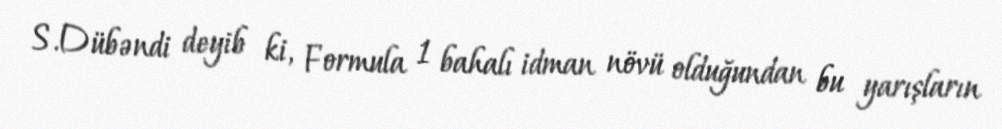
S.Dübəndi deyib ki, Formula 1 bahalı idman növü olduğundan bu yarışların